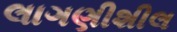
લાગણીશીલ